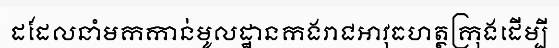
ដដែលនាំមកកាន់មូលដ្ឋានកងរាជអាវុធហត្ថក្រុងដើម្បី